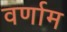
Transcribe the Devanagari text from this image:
वर्णाम